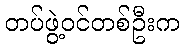
တပ်ဖွဲ့ဝင်တစ်ဦးက